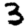
Digit: 3